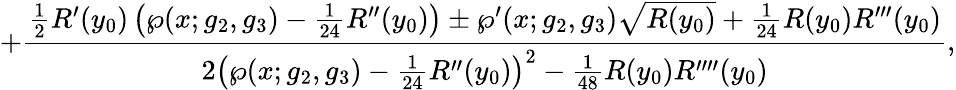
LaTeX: +\frac{\frac{1}{2}R^{\prime}(y_{0})\left(\wp(x;g_{2},g_{3})-\frac{1}{24}R^{\prime\prime}(y_{0})\right)\pm\wp^{\prime}(x;g_{2},g_{3})\sqrt{R(y_{0})}+\frac{1}{24}R(y_{0})R^{\prime\prime\prime}(y_{0})}{2\left(\wp(x;g_{2},g_{3})-\frac{1}{24}R^{\prime\prime}(y_{0})\right)^{2}-\frac{1}{48}R(y_{0})R^{\prime\prime\prime\prime}(y_{0})},